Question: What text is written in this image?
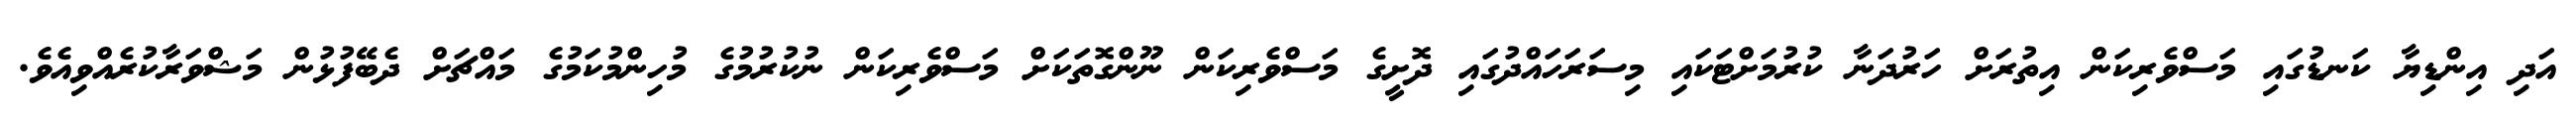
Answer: އަދި އިންޑިޔާ ކަނޑުގައި މަސްވެރިކަން އިތުރަށް ހަރުދަނާ ކުރުމަށްޓަކައި މިސަރަހައްދުގައި ދޮށީގެ މަސްވެރިކަން ނޫންގޮތަކަށް މަސްވެރިކަން ނުކުރުމުގެ މުހިންމުކަމުގެ މައްޗަށް ދެބޭފުޅުން މަޝްވަރާކުރެއްވިއެވެ.